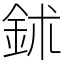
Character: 鉥